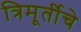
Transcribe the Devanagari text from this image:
त्रिमूर्तीचे